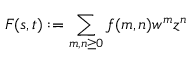
F ( s , t ) : = \sum _ { m , n \geq 0 } f ( m , n ) w ^ { m } z ^ { n }